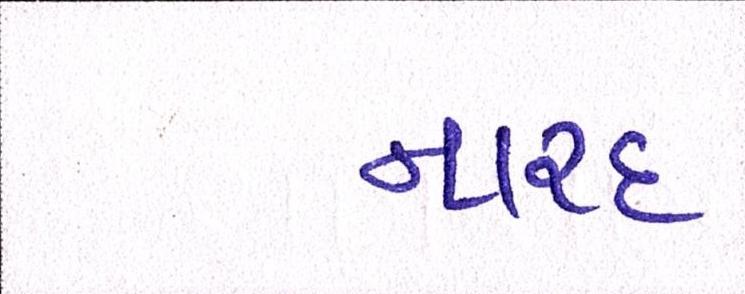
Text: નારદ